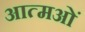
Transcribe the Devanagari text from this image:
आत्मओं